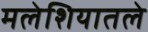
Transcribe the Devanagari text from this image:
मलेशियातले